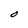
Character: O